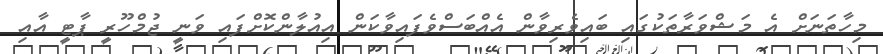
މިހާތަނަށް އެ މަޝްވަރާތަކުގައި ބައިވެރިވާން އެއްބަސްވެފައިވާކަން އިއުލާންކޮށްފައި ވަނީ ޖުމްހޫރީ ޕާޓީ އާއި